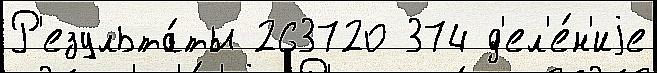
Р'езульта́ты 263720 374 д'ел'е́н'иjе